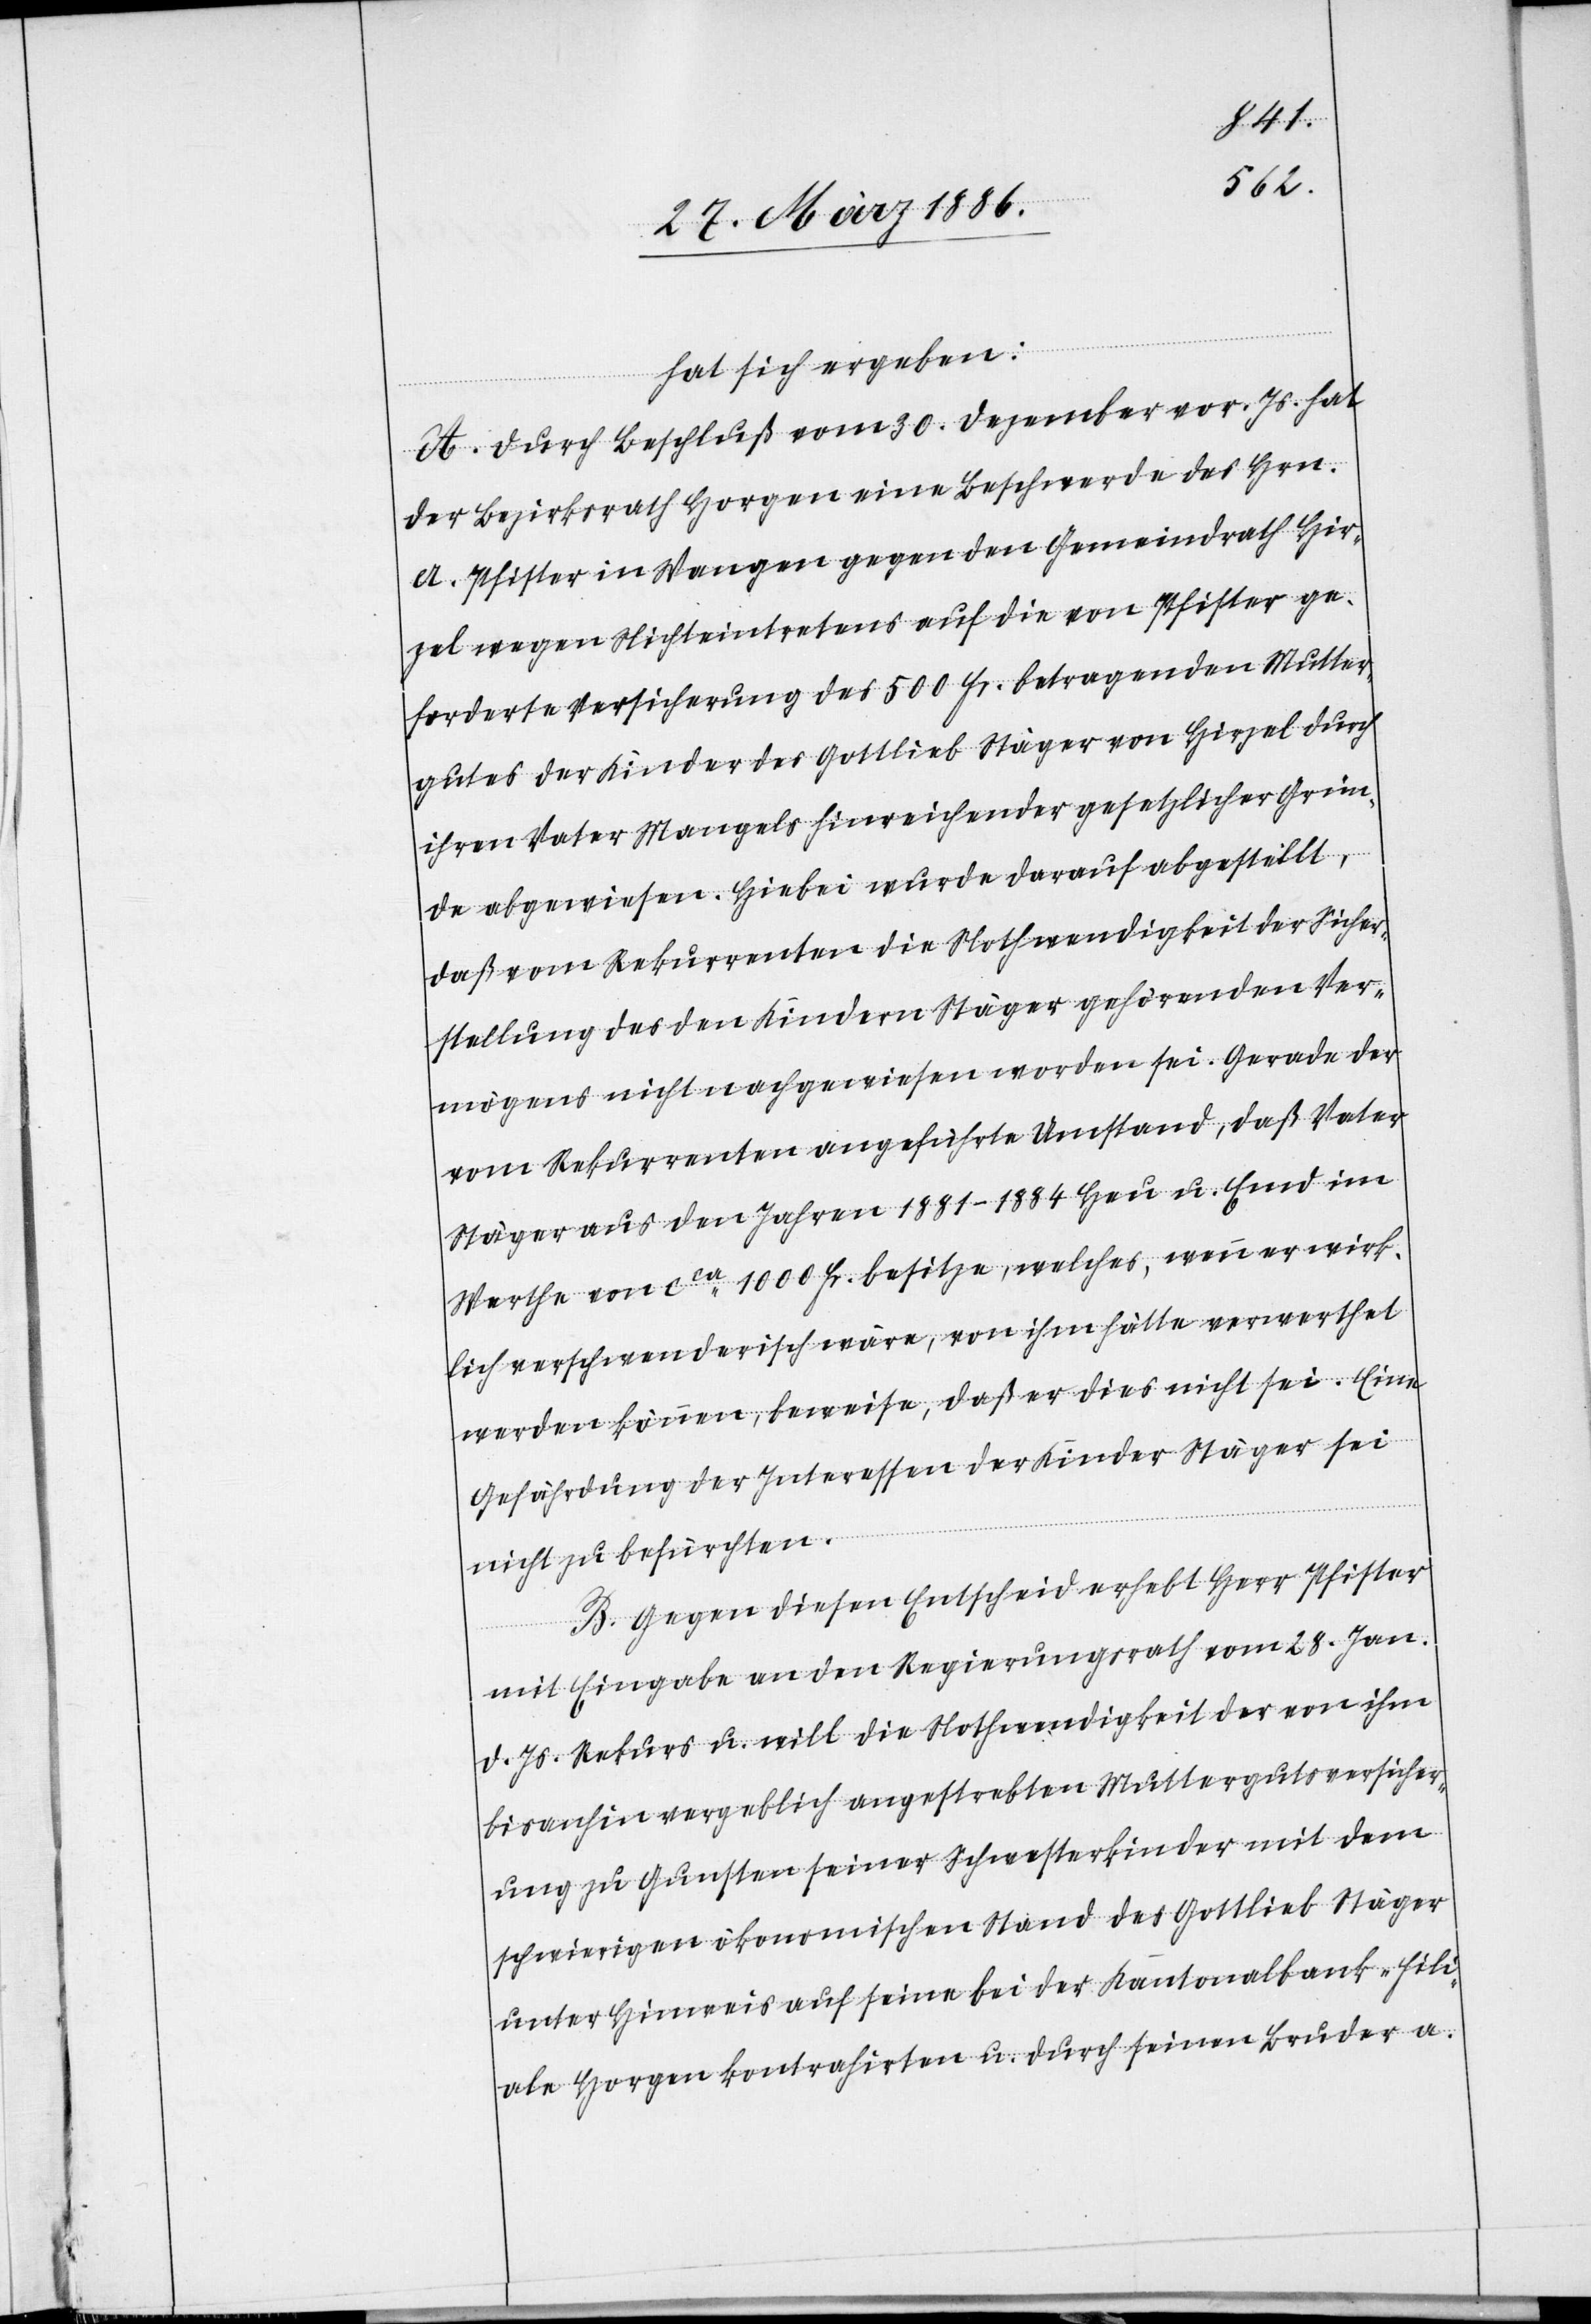
hat sich ergeben:
A. Durch Beschluß vom 30. Dezember vor. Js. hat
der Bezirksrath Horgen eine Beschwerde des Hrn.
A. Pfister in Wangen gegen den Gemeindrath Hir¬
zel wegen Nichteintretens auf die von Pfister ge¬
forderte Versicherung des 500 Fr. betragenden Mutter¬
gutes der Kinder des Gottlieb Stäger von Hirzel durch
ihren Vater mangels hinreichender gesetzlicher Grün¬
de abgewiesen. Hiebei wurde darauf abgestellt,
daß vom Rekurrenten die Nothwendigkeit der Sicher¬
stellung des den Kindern Stäger gehörenden Ver¬
mögens nicht nachgewiesen worden sei. Gerade der
vom Rekurrenten angeführte Umstand, daß Vater
Stäger aus den Jahren 1881–1884 Heu u. Emd im
Werthe von cca 1000 Fr. besitze, welches, wenn er wirk¬
lich verschwenderisch wäre, von ihm hätte verwerthet
werden können, bewiese, daß er dies nicht sei. Eine
Gefährdung der Interessen der Kinder Stäger sei
nicht zu befürchten.
B. Gegen diesen Entscheid erhebt Herr Pfister
mit Eingabe an den Regierungsrath vom 28. Jan.
d. Js. Rekurs u. will die Nothwendigkeit der von ihm
bis anhin vergeblich angestrebte Muttergutsversicher¬
ung zu Gunsten seiner Schwesterkinder mit dem
schwierigen ökonomischen Stand des Gottlieb Stäger
unter Hinweis auf seine bei der Kantonalbank-Fili¬
ale Horgen kontrahirten u. durch seinen Bruder a.